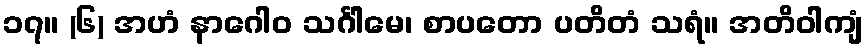
၁၇။ (၆) အဟံ နာဂေါဝ သင်္ဂါမေ၊ စာပတော ပတိတံ သရံ။ အတိဝါကျံ